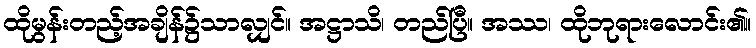
ထိုမွန်းတည့်အချိန်၌သာလျှင်။ အဋ္ဌာသိ၊ တည်ပြီ။ အဿ၊ ထိုဘုရားလောင်း၏။